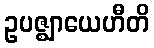
ဥပဇ္ဈာယေဟီတိ